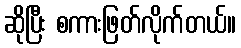
ဆိုပြီး စကားဖြတ်လိုက်တယ်။